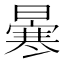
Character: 𠘗